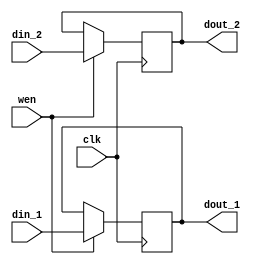
module sh_reg (clk, wen, din_1, din_2, dout_1, dout_2);
   parameter sh_reg_w  = 4'b1000;
   input clk; 
   input wen; 
   input[sh_reg_w - 1:0] din_1; 
   input[sh_reg_w - 1:0] din_2; 
   output[sh_reg_w - 1:0] dout_1; 
   reg[sh_reg_w - 1:0] dout_1;
   output[sh_reg_w - 1:0] dout_2; 
   reg[sh_reg_w - 1:0] dout_2;
   always @(posedge clk)
   begin
         if (wen == 1'b1)
         begin
            dout_1 <= din_1 ; 
            dout_2 <= din_2 ; 
         end 
		else
		begin
            dout_1 <= dout_1 ; 
            dout_2 <= dout_2 ; 
		end
   end 
endmodule